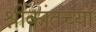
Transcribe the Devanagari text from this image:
श्रीकांतच्या